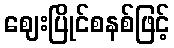
ဈေးပြိုင်စနစ်ဖြင့်